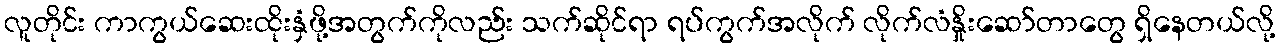
လူတိုင်း ကာကွယ်ဆေးထိုးနှံဖို့အတွက်ကိုလည်း သက်ဆိုင်ရာ ရပ်ကွက်အလိုက် လိုက်လံနှိုးဆော်တာတွေ ရှိနေတယ်လို့